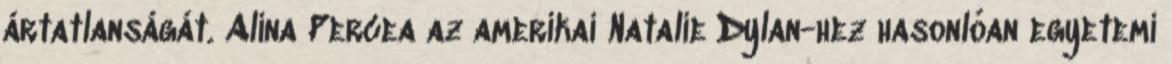
ártatlanságát. Alina Percea az amerikai Natalie Dylan-hez hasonlóan egyetemi